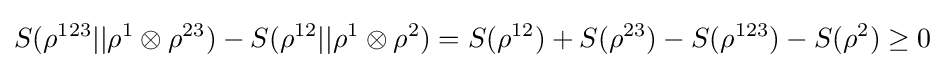
S(\rho ^{123}||\rho ^{1}\otimes \rho ^{23})-S(\rho ^{12}||\rho ^{1}\otimes \rho ^{2})=S(\rho ^{12})+S(\rho ^{23})-S(\rho ^{123})-S(\rho ^{2})\geq 0